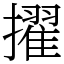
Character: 擢